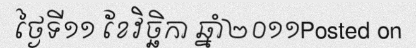
ថ្ងៃទី១១ ខែវិច្ឆិកា ឆ្នាំ២០១១Posted on